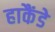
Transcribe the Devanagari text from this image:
हाकैंडे